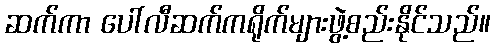
ဆက်ကာ ပေါ်လီဆက်ကရိုက်များဖွဲ့စည်းနိုင်သည်။